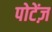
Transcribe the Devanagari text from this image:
पोटेंज़